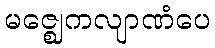
မဇ္ဈေကလျာဏံပေ